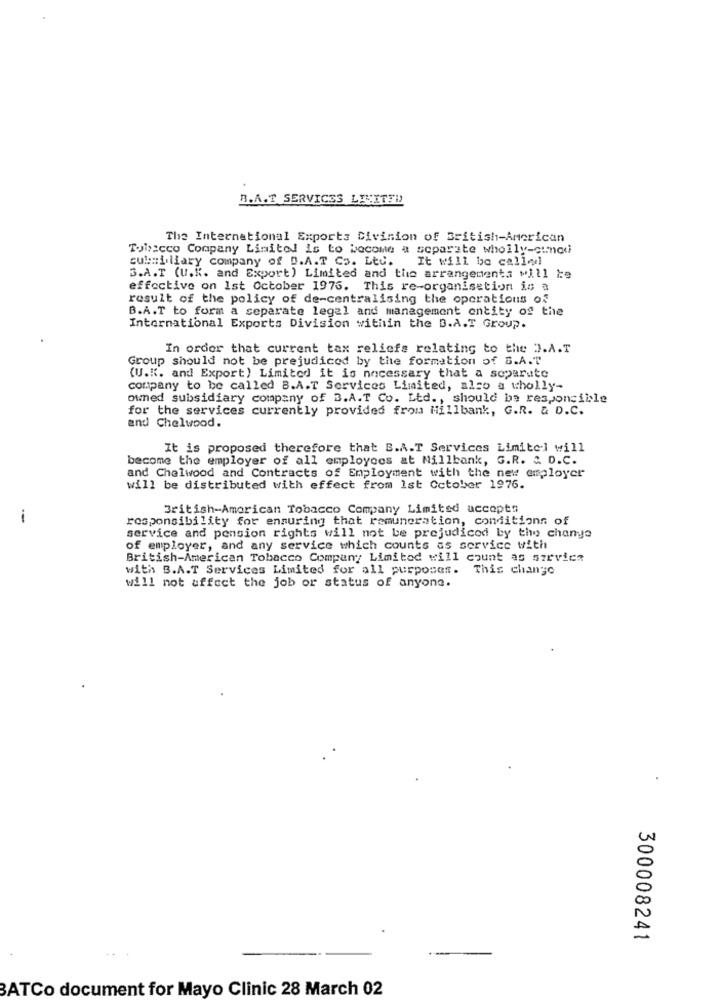
B.A.T SERVICES LEVITTD
The International Exports Division of British-American
Tois:cco Company Limited is to become a separate wholly-cinou
cubailiary company of B.A.T. Co. Ltd.
It will be callel
3.A.T (U.K. and Export) Limited and the arrangements will be
effective on 1st October 1976. This re-organisation in a
result of the policy of de-centralising the operations of
B.A.T to form a separate legal and management entity of the
International Exports Division within the B.A.T Group.
In order that current tax reliefs relating to the D.A.T
Group should not be prejudiced by the formation of S.A.T
(U.K. and Export) Limited it is necessary that a soparute
company to be called B.A.T Services Limited, also a wholly-
owned subsidiary company of 3.A.T. Co. Ltd ., should be responsible
for the services currently provided from Millbank, G.R. & D.C.
and Chelwood.
It is proposed therefore that B.A.T Services Limited will
become the employer of all employees at Millbank, G.R. & D.C.
and Chelwood and Contracts of Employment with the new employer
will be distributed with effect from 1st October 1976.
British-American Tobacco Company Limited accepts
1
responsibility for ensuring that remuneration, conditions of
service and pension rights will not be prejudiced by the change
of employer, and any service which counts as service with
British-American Tobacco Company Limited will count as szevics
with B.A.T Services Limited for all purposes. This change
will not affect the job or status of anyone.
300008241
BATCo document for Mayo Clinic 28 March 02